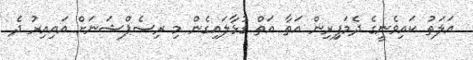
އަލަތު ކައިވެނީގެ ދެމަފިިރިން އަތާ އަތް ގުޅާލައިގެން މި ރިސެޕްޝަނަށް އައިއިރު ދެ